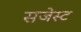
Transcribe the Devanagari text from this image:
सजेस्ट